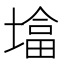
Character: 墖